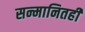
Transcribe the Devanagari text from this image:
सन्मानितही